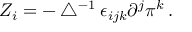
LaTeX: Z _ { i } = - \bigtriangleup ^ { - 1 } \epsilon _ { i j k } \partial ^ { j } \pi ^ { k } \, .